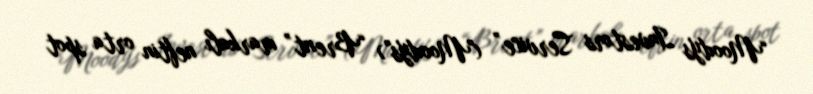
“Moody's Investors Service” ("Moody's") “Brent” markalı neftin orta spot